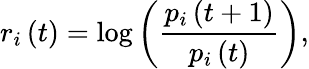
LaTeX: r_{i}\left(t\right)=\log\left(\frac{p_{i}\left(t+1\right)}{p_{i}\left(t\right)}\right),